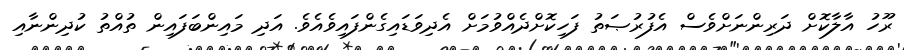
ރޫހު އާލާކޮށް ދަރިންނަށްވެސް އެފުރުޞަތު ފަހިކޮށްދެއްވުމަށް އެދިވަޑައިގެންފައިވެއެވެ. އަދި މައިންބަފައިން ތުއްތު ކުދިންނާއި